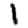
Digit: 1